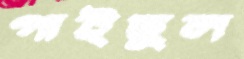
গাইছুল